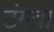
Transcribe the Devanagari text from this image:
टंगवा